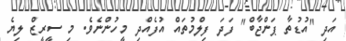
އަދި "އުޑުތާ ޕަންޖާބް" ފަދަ ފިލްމުތައް އުފެއްދި މީހުންނެވެ. މި ސީރީޒް ލިޔެ